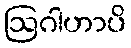
ဩဂါဟာပိ